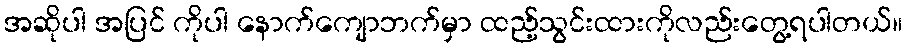
အဆိုပါ အပြင် ကိုပါ နောက်ကျောဘက်မှာ ထည့်သွင်းထားကိုလည်းတွေ့ရပါတယ်။